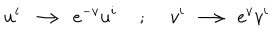
LaTeX: u ^ { i } \longrightarrow e ^ { - v } u ^ { i } ; v ^ { i } \longrightarrow e ^ { v } v ^ { i }